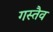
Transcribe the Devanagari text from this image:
गस्तैव